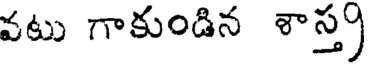
వటు గాకుండిన శాస్త్ర